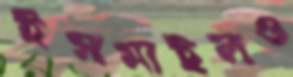
ইসমাইলও